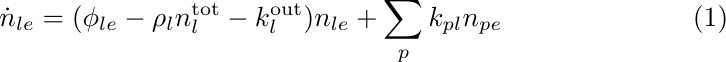
\begin{equation}\label{eco_model}
    \dot n_{le} = (\phi_{le}-\rho_l n_l^\mathrm{tot}-k_l^\mathrm{out})n_{le} + \sum_p k_{pl}n_{pe}
\end{equation}